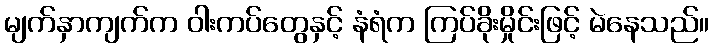
မျက်နှာကျက်က ဝါးကပ်တွေနှင့် နံရံက ကြပ်ခိုးမှိုင်းဖြင့် မဲနေသည်။